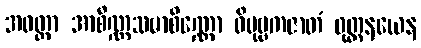
အဝတ္ထာ အာစိဏ္ဏသမာစိဏ္ဏော ဝိပုဗ္ဗကဇာတံ ဝုတ္တနယေန